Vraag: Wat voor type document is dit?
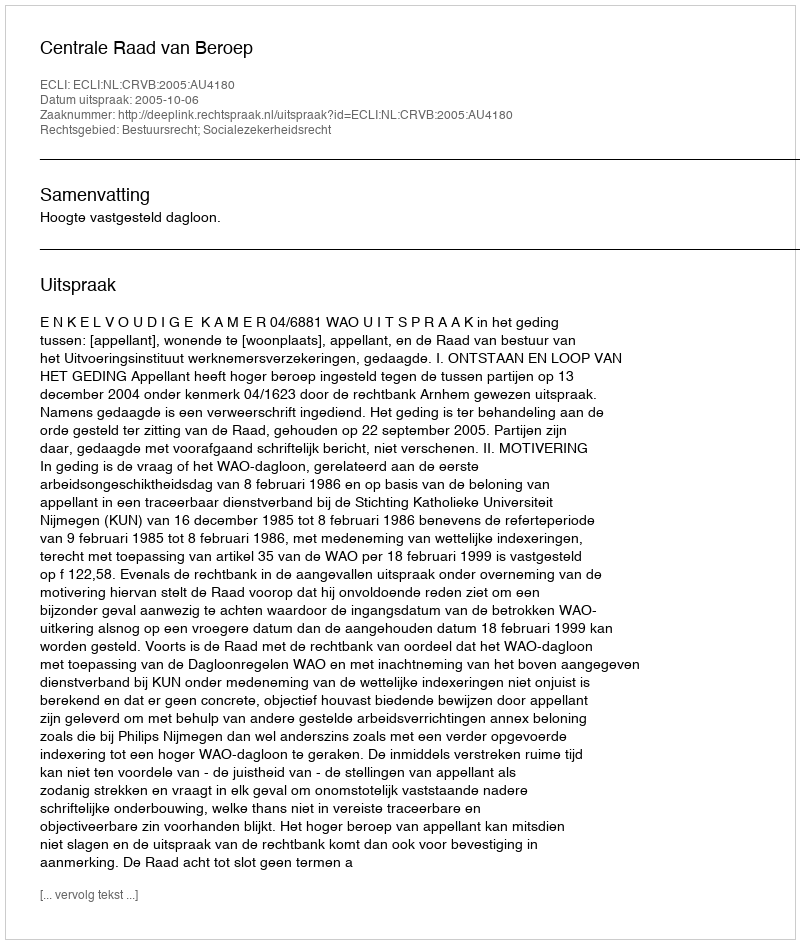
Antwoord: Uitspraak